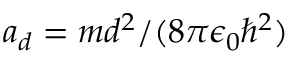
a _ { d } = m d ^ { 2 } / ( 8 \pi \epsilon _ { 0 } \hbar ^ { 2 } )